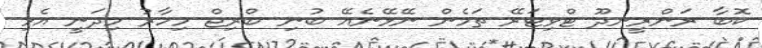
ކޮބާ ރަންރީނދޫ ޓްވިޓަރޭ ތަމެން ނޭޅޭނެއޭ ބުނި ބްރިޖް މިހާރު މިދަނީ އެޅި